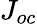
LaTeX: J_{oc}